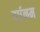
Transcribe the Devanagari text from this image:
वर्धनम